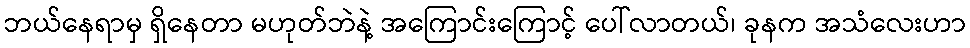
ဘယ်နေရာမှ ရှိနေတာ မဟုတ်ဘဲနဲ့ အကြောင်းကြောင့် ပေါ်လာတယ်၊ ခုနက အသံလေးဟာ